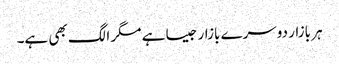
ہر بازار دوسرے بازار جیسا ہے مگر الگ بھی ہے۔